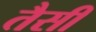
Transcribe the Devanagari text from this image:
तैसीं